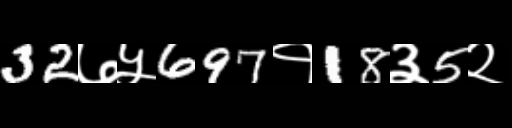
Text: 32७५697१18३5२